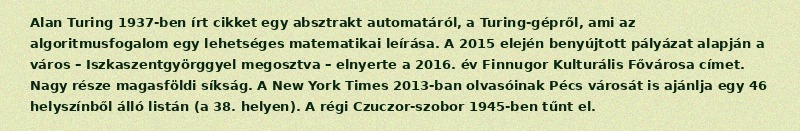
Alan Turing 1937-ben írt cikket egy absztrakt automatáról, a Turing-gépről, ami az algoritmusfogalom egy lehetséges matematikai leírása. A 2015 elején benyújtott pályázat alapján a város – Iszkaszentgyörggyel megosztva – elnyerte a 2016. év Finnugor Kulturális Fővárosa címet. Nagy része magasföldi síkság. A New York Times 2013-ban olvasóinak Pécs városát is ajánlja egy 46 helyszínből álló listán (a 38. helyen). A régi Czuczor-szobor 1945-ben tűnt el.